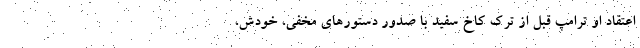
اعتقاد او ترامپ قبل از ترک کاخ سفید با صدور دستورهای مخفی، خودش،